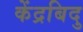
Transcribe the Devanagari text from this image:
केंद्रबिदु